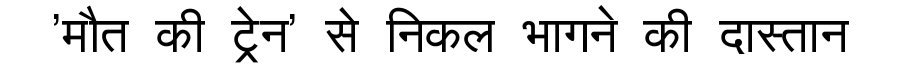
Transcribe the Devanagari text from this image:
'मौत की ट्रेन' से निकल भागने की दास्तान